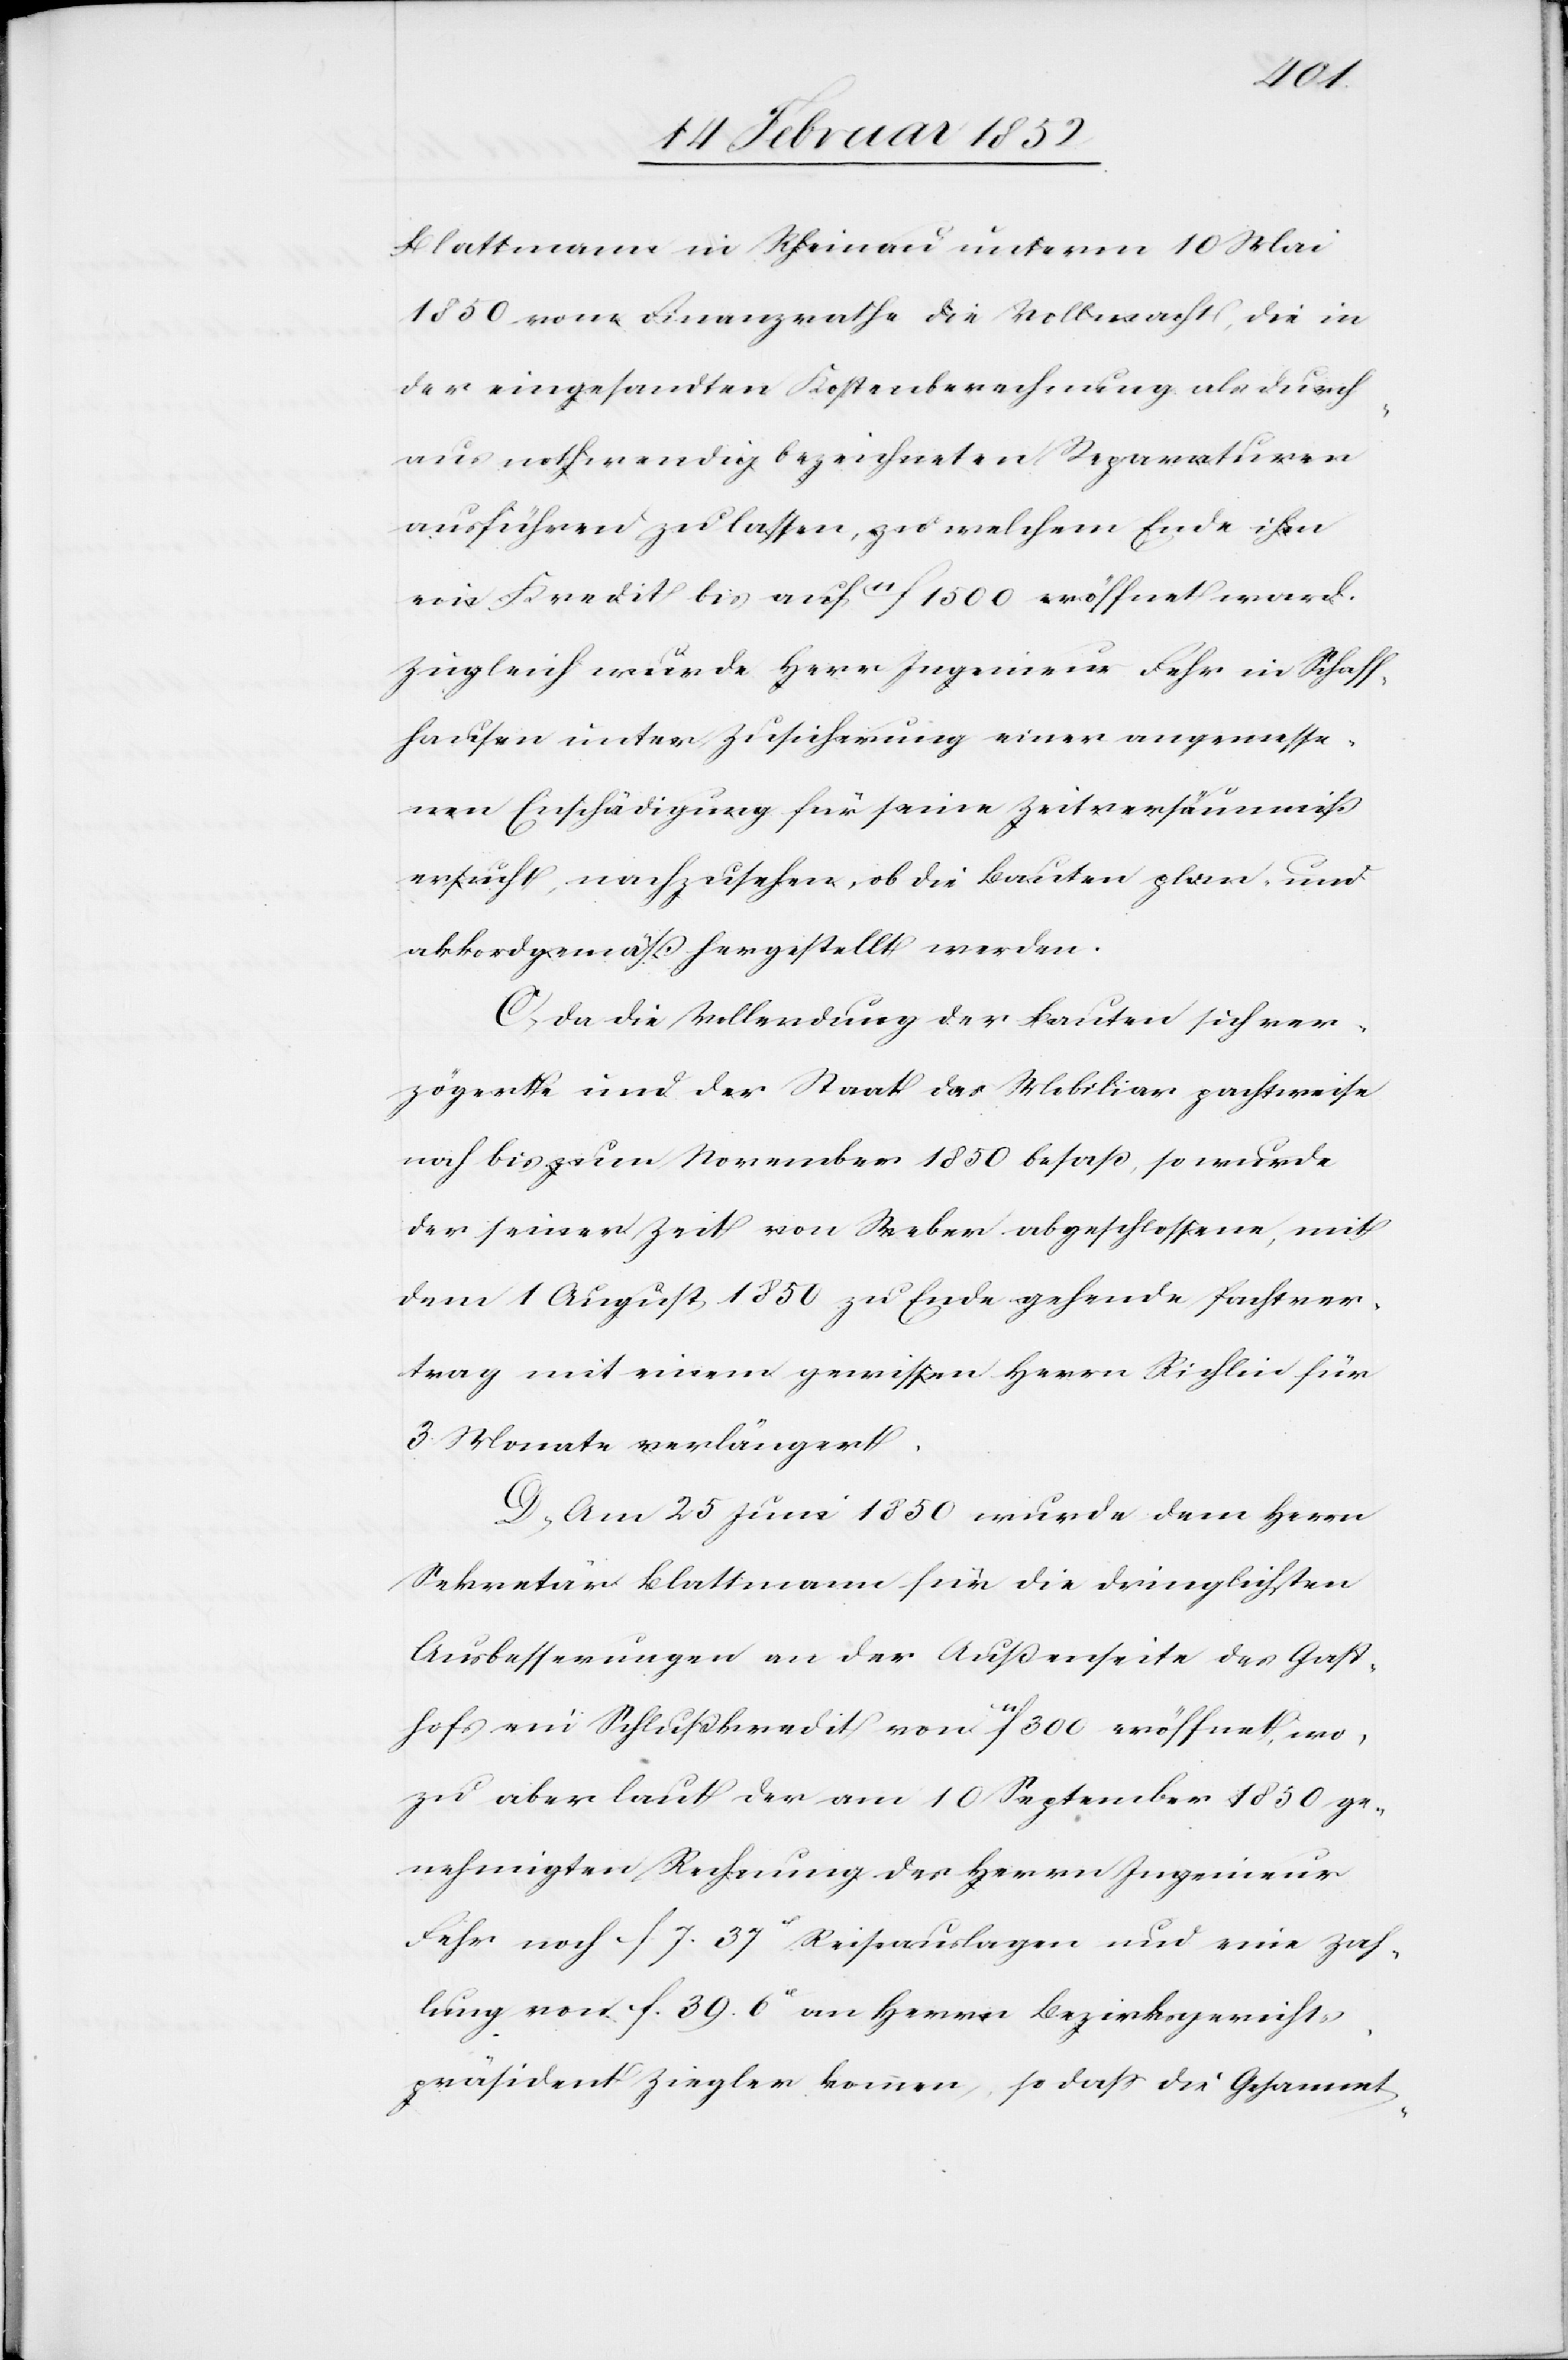
Blattmann in Rheinau unterm 10 Mai
1850 vom Finanzrathe die Vollmacht, die in
der eingesandten Kostenberechnung als die durch¬
aus nothwendig bezeichneten Reparaturen
ausführen zu lassen, zu welchem Ende ihm
ein Kredit bis auf 11f. 1500 eröffnet ward.
Zugleich wurde Herr Ingenieur Fehr in Schaff¬
hausen unter Zusicherung einer angemesse¬
nen Entschädigung für seine Zeitversäumniß
ersucht, nachzusehen, ob die Bauten plan- und
akkordgemäß hergestellt werden.
C) Da die Vollendung der Bauten sich ver¬
zögerte und der Staat das Mobiliar pachtweise
noch bis zum November 1850 besaß, so wurde
der seiner Zeit von Weber abgeschlossene, mit
dem 1 August 1850 zu Ende gehende Pachtver¬
trag mit einem gewissen Herrn Richlein für
3 Monate verlängert.
D) Am 25 Juni 1850 wurde dem Herrn
Sekretär Blattmann für die dringlichsten
Ausbesserungen an der Außenseite des Gast¬
hofs ein Schlußkredit von 11f 300 eröffnet, wo¬
zu aber laut der am 10 September 1850 ge¬
nehmigten Rechnung des Herrn Ingenieur
Fehr noch f 7. 37x Reiseauslagen und eine Zah¬
lung von f. 39 6x an Herrn Bezirksgericht¬
spräsident Ziegler kommen, so daß die Gesammt-